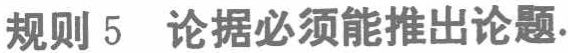
规则 5  论据必须能推出论题.